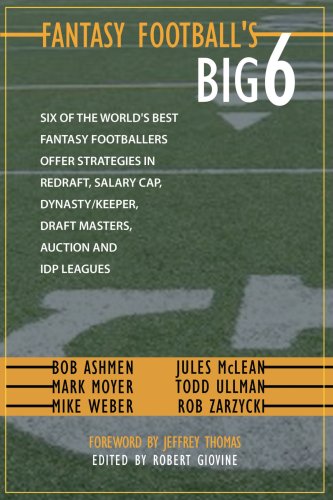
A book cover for Fantasy Football's Big Six; Humor & Entertainment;